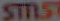
STILS